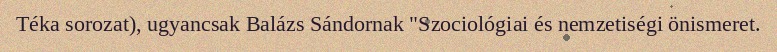
Téka sorozat), ugyancsak Balázs Sándornak "Szociológiai és nemzetiségi önismeret.